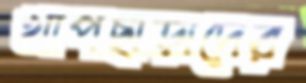
খাপছাড়াদের